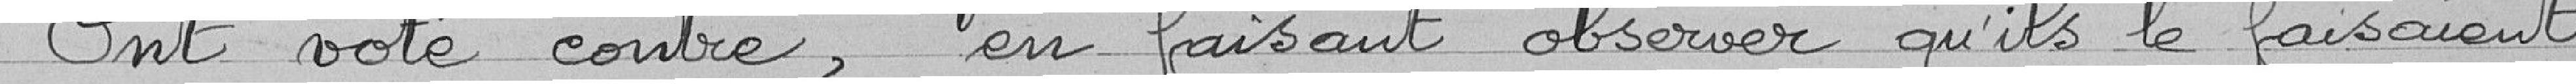
Ont voté contre, en faisant observer qu'ils le faisaient